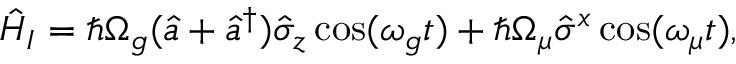
\begin{array} { r } { \hat { H } _ { I } = \hbar \Omega _ { g } ( \hat { a } + \hat { a } ^ { \dagger } ) \hat { \sigma } _ { z } \cos ( \omega _ { g } t ) + \hbar \Omega _ { \mu } \hat { \sigma } ^ { x } \cos ( \omega _ { \mu } t ) , } \end{array}